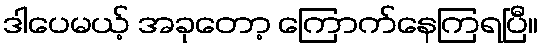
ဒါပေမယ့် အခုတော့ ကြောက်နေကြရပြီ။